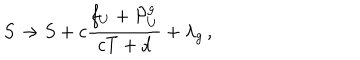
S \rightarrow S + c \frac { f _ { U } + { \cal P } _ { U } ^ { g } } { c T + d } + \lambda _ { g } \, ,